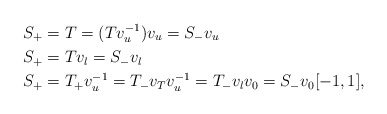
\begin{align*}S_+ &= T = (Tv_u^{-1}) v_u=S_- v_u \\S_+ &= Tv_l=S_-v_l \\S_+ &= T_+ v_u^{-1}=T_- v_T v_u^{-1} =T_- v_l v_0=S_- v_0 [-1,1],\end{align*}